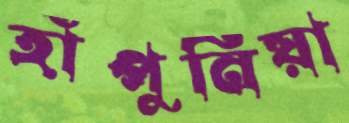
হাঁপুনিয়া